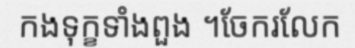
កងទុក្ខទាំងពួង ។ចែករលែក